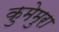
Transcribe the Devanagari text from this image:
कुमेमुरा